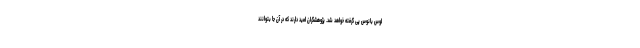
لوس بانوس پی گرفته خواهد شد. پژوهشگران امید دارند که در آن جا بتوانند